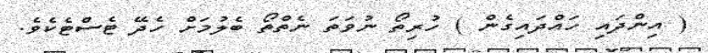
( އިންދައި ހައްދައިގެން ) ހުރިތޯ ނުވަތަ ނެތްތޯ ބެލުމަށް ހެދޭ ޓެސްޓެކެވެ.